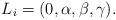
LaTeX: \begin{align*} {L}_i=(0,\alpha, \beta, \gamma).\end{align*}